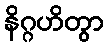
နိဂ္ဂဟိတွာ